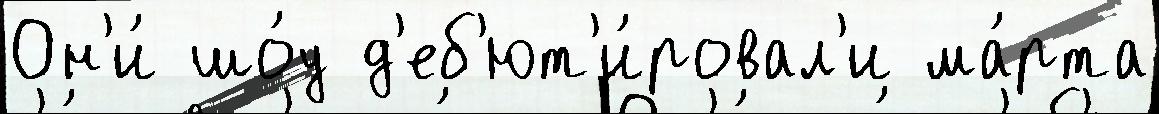
Он'и́ шо́у д'еб'ют'и́ровал'и ма́рта